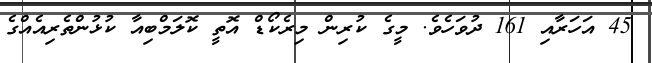
45 އަހަރާއި 161 ދުވަހެވެ. މީގެ ކުރިން މިރެކޯޑް އޮތީ ކޮލަމްބިއާ ކުޅުންތެރިއެއްގެ